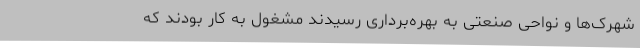
شهرک‌ها و نواحی صنعتی به بهره‌برداری رسیدند مشغول به کار بودند که